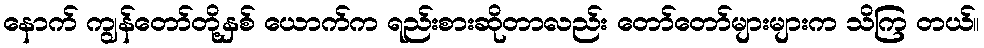
နောက် ကျွန်တော်တို့နှစ် ယောက်က ရည်းစားဆိုတာလည်း တော်တော်များများက သိကြ တယ်။